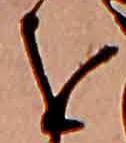
を